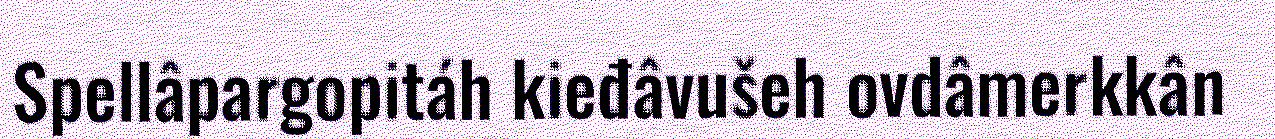
Spellâpargopitáh kieđâvušeh ovdâmerkkân